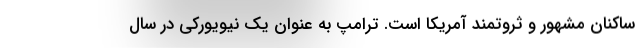
ساکنان مشهور و ثروتمند آمریکا است. ترامپ به عنوان یک نیویورکی در سال